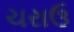
ચરાઉ